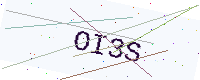
Text: OI3S